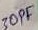
Text: 30PF